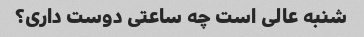
شنبه عالی است چه ساعتی دوست داری؟